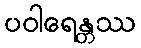
ပဝါရေန္တဿ